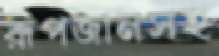
রূপজানসহ